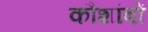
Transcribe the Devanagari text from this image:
कौशांबों